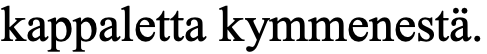
kappaletta kymmenestä.